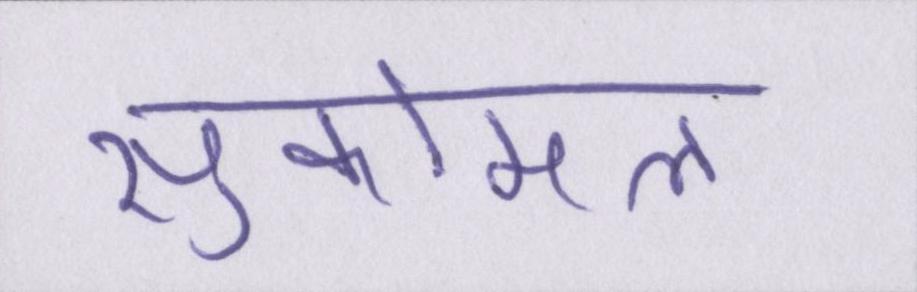
सुकोमल